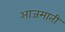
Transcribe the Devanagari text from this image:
आजमाती